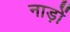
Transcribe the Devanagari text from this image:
नाड़ों